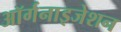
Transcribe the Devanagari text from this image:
अॉर्गनाइजेशन